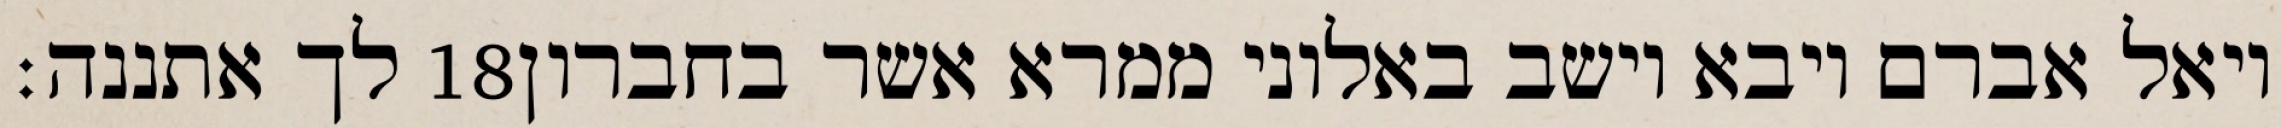
לך אתננה׃ ‎18‏ ויאל אברם ויבא וישב באלוני ממרא אשר בחברון